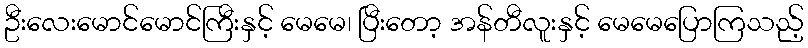
ဦးလေးမောင်မောင်ကြီးနှင့် မေမေ၊ ပြီးတော့ အန်တီလူးနှင့် မေမေပြောကြသည့်